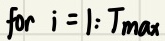
for \(i = 1:T_{max}\)